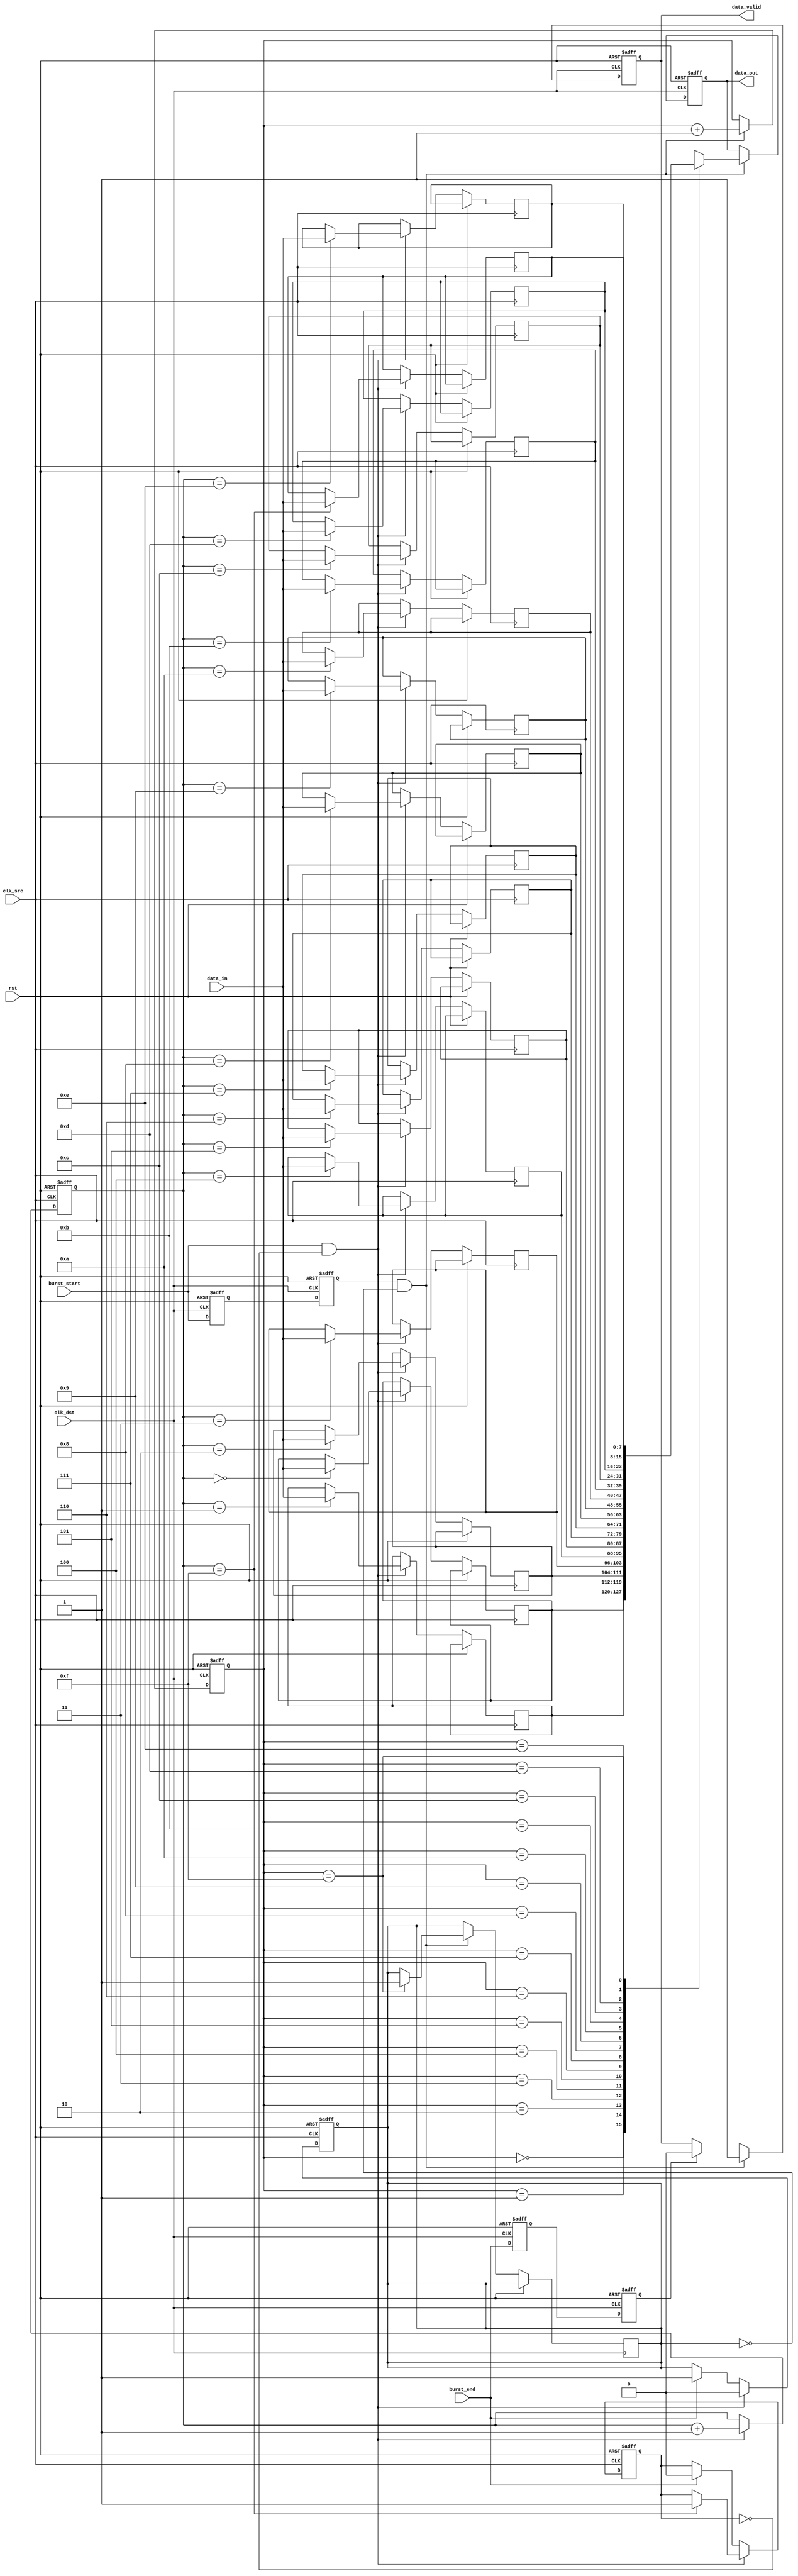
module burst_mode_synchronizer #(
    parameter DATA_WIDTH = 8,  // Width of the data bus
    parameter FIFO_DEPTH = 16   // Depth of the FIFO buffer
)(
    input wire clk_src,         // Source clock
    input wire clk_dst,         // Destination clock
    input wire rst,             // Asynchronous reset
    input wire [DATA_WIDTH-1:0] data_in, // Data input from source
    input wire burst_start,     // Signal to indicate start of burst
    input wire burst_end,       // Signal to indicate end of burst
    output reg [DATA_WIDTH-1:0] data_out, // Synchronized data output
    output reg data_valid       // Signal to indicate valid data output
);

    // FIFO buffer implementation
    reg [DATA_WIDTH-1:0] fifo [0:FIFO_DEPTH-1];
    reg [3:0] write_ptr, read_ptr;
    reg fifo_empty, fifo_full;

    // Synchronization registers
    reg [DATA_WIDTH-1:0] sync_data_1, sync_data_2;
    reg burst_start_sync_1, burst_start_sync_2;
    reg burst_end_sync_1, burst_end_sync_2;

    // Write data to FIFO in source clock domain
    always @(posedge clk_src or posedge rst) begin
        if (rst) begin
            write_ptr <= 0;
            fifo_full <= 0;
        end else if (burst_start && !fifo_full) begin
            fifo[write_ptr] <= data_in;
            write_ptr <= write_ptr + 1;
            if (write_ptr == FIFO_DEPTH - 1) begin
                fifo_full <= 1;
            end
        end else if (burst_end) begin
            fifo_full <= 0; // Reset full flag at the end of burst
        end
    end

    // Synchronize the burst start and end signals to the destination clock domain
    always @(posedge clk_dst or posedge rst) begin
        if (rst) begin
            burst_start_sync_1 <= 0;
            burst_start_sync_2 <= 0;
            burst_end_sync_1 <= 0;
            burst_end_sync_2 <= 0;
        end else begin
            burst_start_sync_1 <= burst_start;
            burst_start_sync_2 <= burst_start_sync_1;
            burst_end_sync_1 <= burst_end;
            burst_end_sync_2 <= burst_end_sync_1;
        end
    end

    // Read data from FIFO in destination clock domain
    always @(posedge clk_dst or posedge rst) begin
        if (rst) begin
            read_ptr <= 0;
            data_valid <= 0;
            data_out <= 0;
        end else if (burst_start_sync_2 && !fifo_empty) begin
            data_out <= fifo[read_ptr];
            data_valid <= 1;
            read_ptr <= read_ptr + 1;
            if (read_ptr == FIFO_DEPTH - 1) begin
                fifo_empty <= 1;
            end
        end else if (burst_end_sync_2) begin
            data_valid <= 0; // Reset valid signal at the end of burst
        end
    end

    // FIFO empty flag management
    always @(posedge clk_src or posedge rst) begin
        if (rst) begin
            fifo_empty <= 1;
        end else if (burst_start && !fifo_full) begin
            fifo_empty <= 0; // Set empty flag when writing data
        end else if (burst_end) begin
            fifo_empty <= 1; // Reset empty flag at the end of burst
        end
    end

endmodule